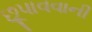
છૂપાવવાની